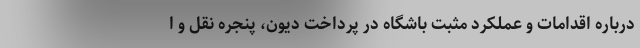
درباره اقدامات و عملکرد مثبت باشگاه در پرداخت دیون، پنجره نقل و ا